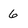
Character: 6